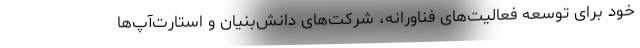
خود برای توسعه فعالیت‌های فناورانه، شرکت‌های دانش‌بنیان و استارت‌آپ‌ها